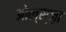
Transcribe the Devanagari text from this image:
ओल्स्ज़ा